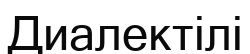
Диалектілі